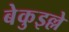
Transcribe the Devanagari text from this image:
बेकुइल्ले